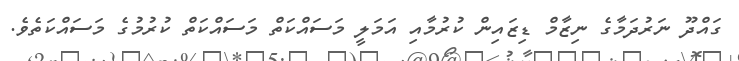
ގައްދޫ ނަރުދަމާގެ ނިޒާމް ޑިޒައިން ކުރުމާއި އަމަލީ މަސައްކަތް މަސައްކަތް ކުރުމުގެ މަސައްކަތެވެ.